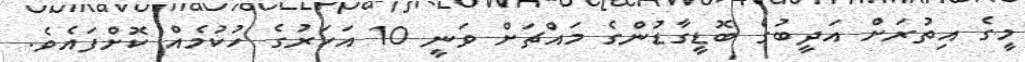
މީގެ އިތުރަށް އަދީބުގެ ބޮޑީގާޑުންގެ މައްޗަށް ވަނީ 10 އަހަރުގެ ހުކުމެއް ކޮށްފައެވެ.